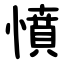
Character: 憤